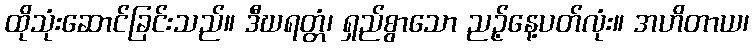
ထိုသုံးဆောင်ခြင်းသည်။ ဒီဃရတ္တံ၊ ရှည်စွာသော ညဉ့်နေ့ပတ်လုံး။ အဟိတာယ၊